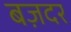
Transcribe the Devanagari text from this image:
बज़दर